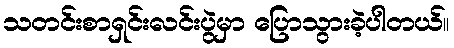
သတင်းစာရှင်းလင်းပွဲမှာ ပြောသွားခဲ့ပါတယ်။